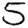
Digit: 5